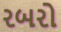
રબરો